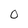
Character: O